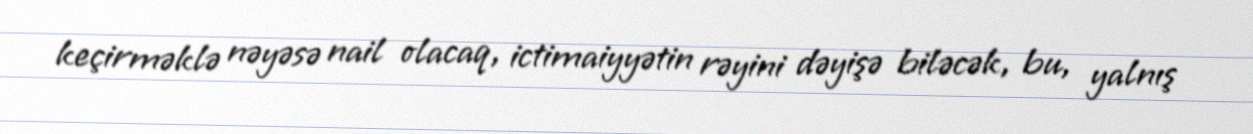
keçirməklə nəyəsə nail olacaq, ictimaiyyətin rəyini dəyişə biləcək, bu, yalnış